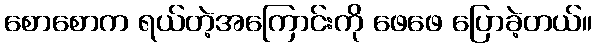
စောစောက ရယ်တဲ့အကြောင်းကို ဖေဖေ ပြောခဲ့တယ်။